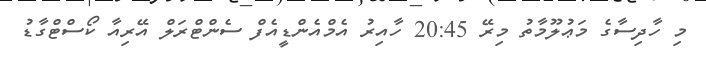
މި ހާދިސާގެ މަޢުލޫމާތު މިރޭ 20:45 ހާއިރު އެމްއެންޑީއެފް ސެންޓްރަލް އޭރިއާ ކޯސްޓްގާޑު